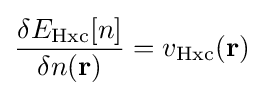
{\frac {\delta E_{\rm {Hxc}}[n]}{\delta n(\mathbf {r} )}}=v_{\rm {Hxc}}(\mathbf {r} )